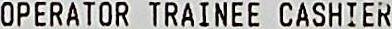
OPERATOR TRAINEE CASHIER